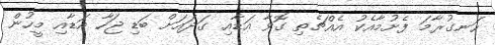
ހަނގުރާމަ ފެށުމާއެކު އެއްޗެތި ގޮވާ އަޑާއި ގަދައަށް ބަޑި ޖަހާ އަޑާއި މީހުން